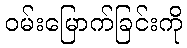
ဝမ်းမြောက်ခြင်းကို